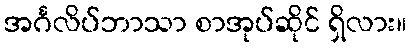
အင်္ဂလိပ်ဘာသာ စာအုပ်ဆိုင် ရှိလား။